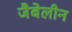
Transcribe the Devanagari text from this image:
जैबेलीन